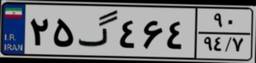
۲۵گ۴۶۴۹۰